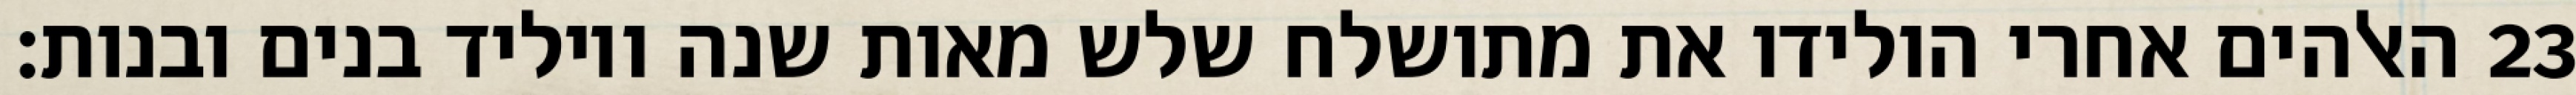
האלהים אחרי הולידו את מתושלח שלש מאות שנה ויוליד בנים ובנות׃ ‎23‏